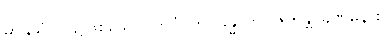
မာနုသံ၊ လူ၌ဖြစ်သော။ ဘဝံ၊ ဘဝခန္ဓာကို။ ဇဟန္တိ၊ ခဏမနား